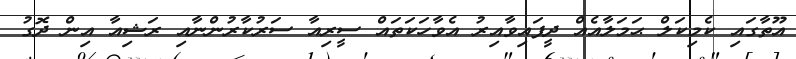
އޫތާގައި ކެމިކަލް ޙަމަލާއެއް ދީފައިވާއިރު އެވާހަކަތައް ސީރިއާ ސަރުކާރުންނާއި ރަޝިއާ އިން ދޮގު